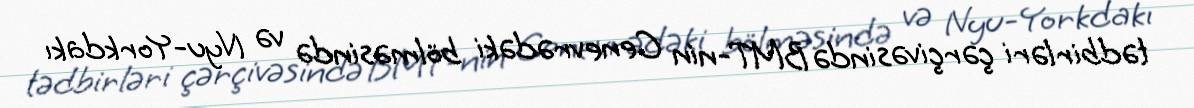
tədbirləri çərçivəsində BMT-nin Cenevrədəki bölməsində və Nyu-Yorkdakı